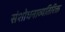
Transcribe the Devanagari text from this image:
संशोधनाव्यतिरिक्त